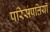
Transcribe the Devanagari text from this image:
परिसंपत्तियॉ